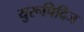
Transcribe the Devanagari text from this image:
युरूपिदिज